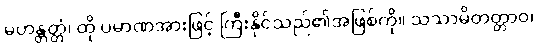
မဟန္တတ္တံ၊ ထို ပမာဏအားဖြင့် ကြီးနိုင်သည်၏အဖြစ်ကို။ သသာမိတတ္တာဝ၊